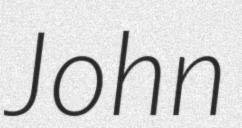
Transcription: John